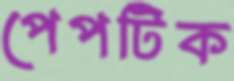
পেপটিক